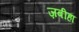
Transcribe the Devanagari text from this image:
ज़बीहा